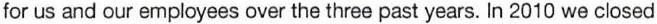
for us and our employees over the three past years. In 2010 we closed